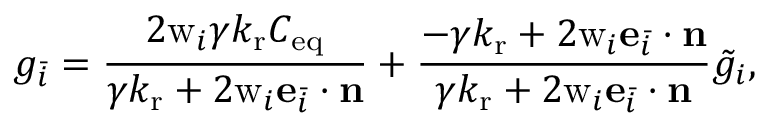
g _ { \bar { i } } = \frac { 2 \mathrm { w } _ { i } \gamma k _ { \mathrm { r } } C _ { \mathrm { e q } } } { \gamma k _ { \mathrm { r } } + 2 \mathrm { w } _ { i } \mathbf { e } _ { \bar { i } } \cdot \mathbf { n } } + \frac { - \gamma k _ { \mathrm { r } } + 2 \mathrm { w } _ { i } \mathbf { e } _ { \bar { i } } \cdot \mathbf { n } } { \gamma k _ { \mathrm { r } } + 2 \mathrm { w } _ { i } \mathbf { e } _ { \bar { i } } \cdot \mathbf { n } } \tilde { g } _ { i } ,